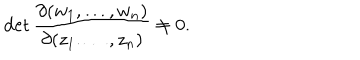
\det \frac { \partial ( w _ { 1 } , \dots , w _ { n } ) } { \partial ( z _ { 1 } . \dots , z _ { n } ) } \neq 0 .